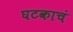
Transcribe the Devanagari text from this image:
घटकाचं